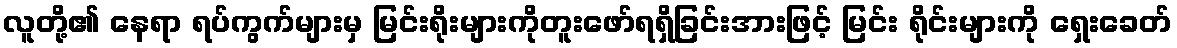
လူတို့၏ နေရာ ရပ်ကွက်များမှ မြင်းရိုးများကိုတူးဖော်ရရှိခြင်းအားဖြင့် မြင်း ရိုင်းများကို ရှေးခေတ်